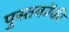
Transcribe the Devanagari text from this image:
पुस्‍तकोंकी